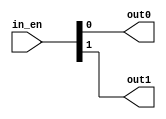
`timescale 1ns / 1ps
//////////////////////////////////////////////////////////////////////////////////
// Company: 
// Engineer: 
// 
// Design Name: 
// Module Name: split_gpio
// Project Name: 
// Target Devices: 
// Tool Versions: 
// Description: 
// 
// Dependencies: 
// 
// Revision:
// Revision 0.01 - File Created
// Additional Comments:
// 
//////////////////////////////////////////////////////////////////////////////////


module split_gpio(
    input [1:0] in_en,
    output out0,
    output out1
    );

    assign out0 = in_en[0];
    assign out1 = in_en[1];
    
endmodule